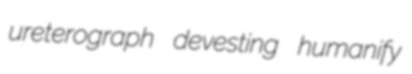
ureterograph devesting humanify